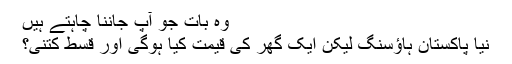
وہ بات جو آپ جاننا چاہتے ہیں
نیا پاکستان ہاﺅسنگ لیکن ایک گھر کی قیمت کیا ہوگی اور قسط کتنی؟